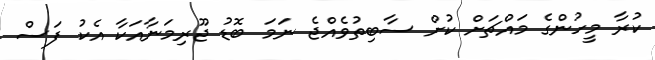
ކުރާ މީހުންގެ މައްޗަށް ކުށް ސާބިތުވެއްޖެ ނަމަ ބޮޑު ޖޫރިމަނާއަކާ އެކު ފަސް